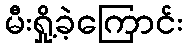
မီးရှို့ခဲ့ကြောင်း